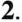
2.